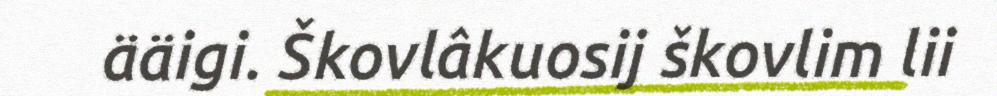
ääigi. Škovlâkuosij škovlim lii